Notes on vaccination in the North-West Frontier Province 1923-1928 - 1923-1928
Year: 1923
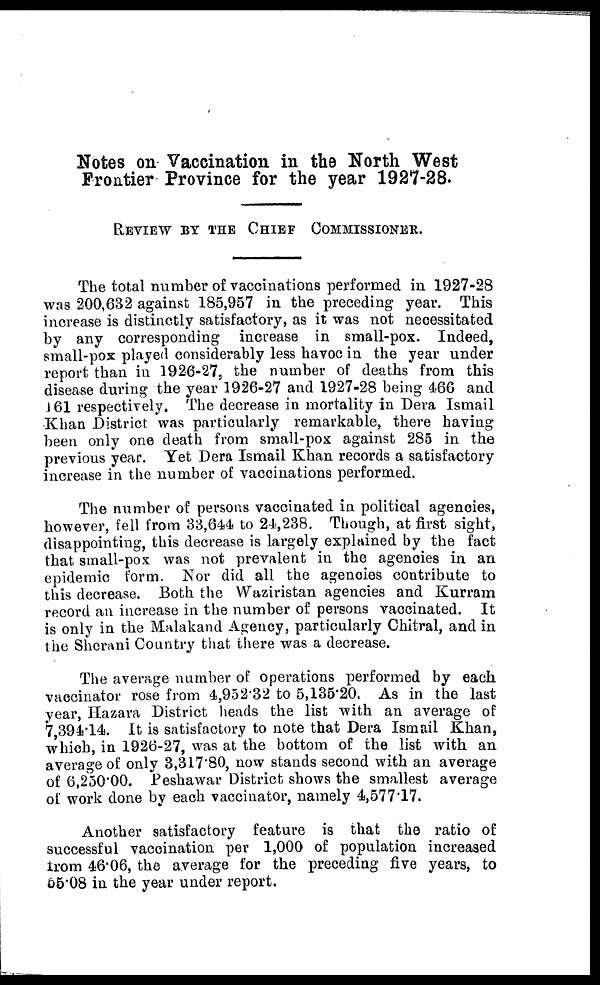
Notes on Vaccination in the North West
Frontier Province for the year 1927-28.
REVIEW BY THE CHIEF COMMISSIONER.
The total number of vaccinations performed in 1927-28
was 200,632 against 185,957 in the preceding year. This
increase is distinctly satisfactory, as it was not necessitated
by any corresponding increase in small-pox. Indeed,
small-pox played considerably less havoc in the year under
report than in 1926-27, the number of deaths from this
disease during the year 1926-27 and 1927-28 being 466 and
161 respectively. The decrease in mortality in Dera Ismail
Khan District was particularly remarkable, there having
been only one death from small-pox against 285 in the
previous year. Yet Dera Ismail Khan records a satisfactory
increase in the number of vaccinations performed.
The number of persons vaccinated in political agencies,
however, fell from 33,644 to 24,238. Though, at first sight,
disappointing, this decrease is largely explained by the fact
that small-pox was not prevalent in the agencies in an
epidemic form. Nor did all the agencies contribute to
this decrease. Both the Waziristan agencies and Kurram
record an increase in the number of persons vaccinated. It
is only in the Malakand Agency, particularly Chitral, and in
the Sherani Country that there was a decrease.
The average number of operations performed by each
vaccinator rose from 4,952.32 to 5,135.20. As in the last
year, Hazara District heads the list with an average of
7,394.14. It is satisfactory to note that Dera Ismail Khan,
which, in 1926-27, was at the bottom of the list with an
average of only 3,317.80, now stands second with an average
of 6,250.00. Peshawar District shows the smallest average
of work done by each vaccinator, namely 4,577.17.
Another satisfactory feature is that the ratio of
successful vaccination per 1,000 of population increased
from 46.06, the average for the preceding five years, to
55.08 in the year under report.